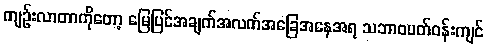
ကျဉ်းလာတာကိုတော့ မြေပြင်အချက်အလက်အခြေအနေအရ သဘာဝပတ်ဝန်းကျင်